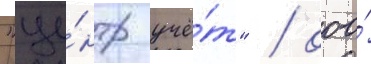
"це́нтр учё́т" / ооо́